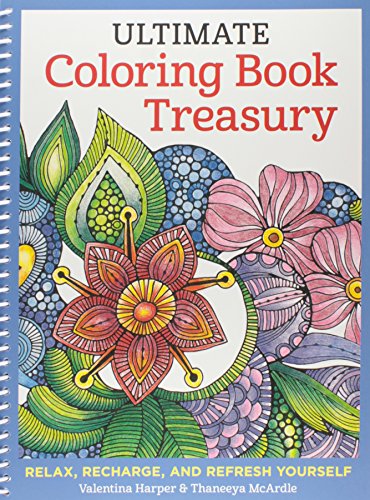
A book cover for Ultimate Coloring Book Treasury: Relax, Recharge, and Refresh Yourself (Coloring Collection); Valentina Harper; Arts & Photography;